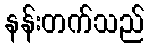
နန်းတက်သည်